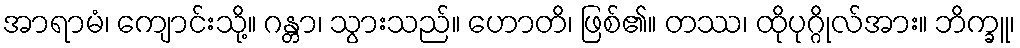
အာရာမံ၊ ကျောင်းသို့။ ဂန္တာ၊ သွားသည်။ ဟောတိ၊ ဖြစ်၏။ တဿ၊ ထိုပုဂ္ဂိုလ်အား။ ဘိက္ခူ၊